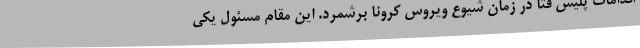
اقدامات پلیس فتا در زمان شیوع ویروس کرونا برشمرد. این مقام مسئول یکی